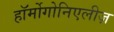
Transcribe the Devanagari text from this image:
हॉर्मोगोनिएलीज़